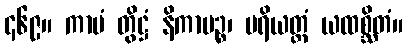
၄၆၉။ ကာမံ တွိဋ္ဌံ နိကာမဉ္စ၊ ပရိယတ္တံ ယထစ္ဆိတံ။